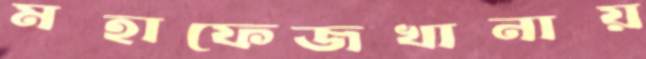
মহাফেজখানায়